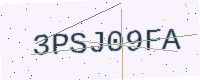
Text: 3PSJ09FA